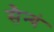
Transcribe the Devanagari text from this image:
सैन्यं